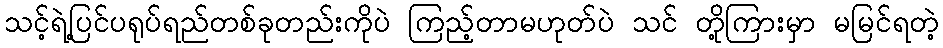
သင့်ရဲ့ပြင်ပရုပ်ရည်တစ်ခုတည်းကိုပဲ ကြည့်တာမဟုတ်ပဲ သင် တို့ကြားမှာ မမြင်ရတဲ့